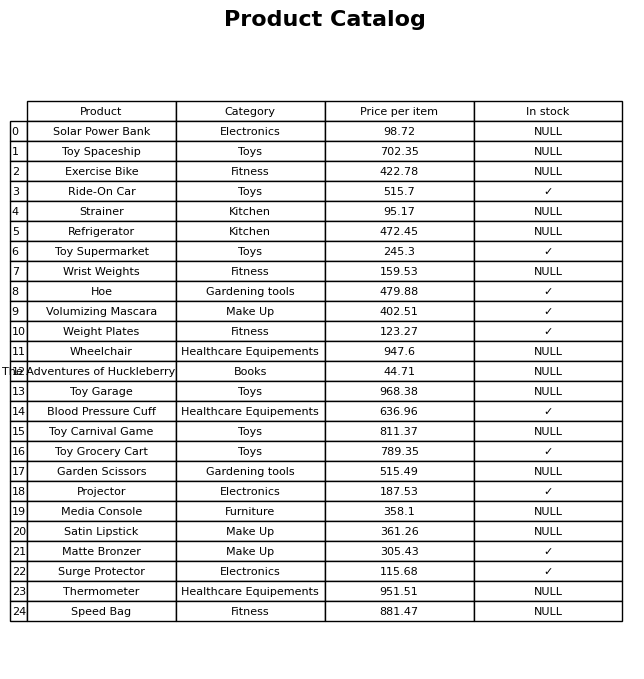
question: What is the stock status of the Speed Bag?
answer: NULL